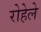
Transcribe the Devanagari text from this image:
रोहेले